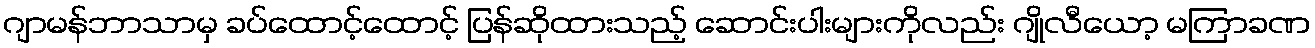
ဂျာမန်ဘာသာမှ ခပ်ထောင့်ထောင့် ပြန်ဆိုထားသည့် ဆောင်းပါးများကိုလည်း ဂျိုလီယော့ မကြာခဏ